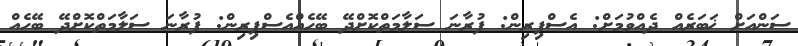
ސަންއަށް ޚަބަރެއް ދެއްވުމަށް: އެސްޕިރިން: ފުރާނަ ސަލާމަތްކޮށްދޭ ބޭހެއްއެސްޕިރިން: ފުރާނަ ސަލާމަތްކޮށްދޭ ބޭހެއް